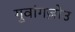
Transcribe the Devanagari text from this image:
गुवांगज़ोउ